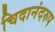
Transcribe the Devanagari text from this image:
चिदानंदरुप